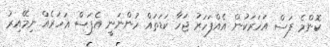
ކޮންމެ ފަސް އަހަރަކުން އެއްފަހަރު ޖަހާ ކަޑަތައް ހުންނަނީ އެފަސް އަހަރެއް ނިމޭއިރު